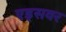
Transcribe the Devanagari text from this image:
एड्‌सवर